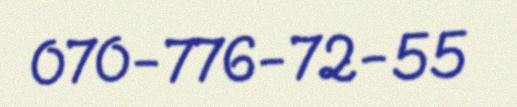
070-776-72-55